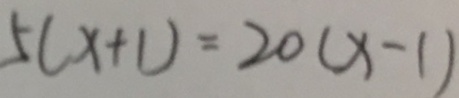
5 ( x + 1 ) = 2 0 ( x - 1 )